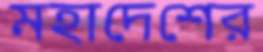
মহাদেশের